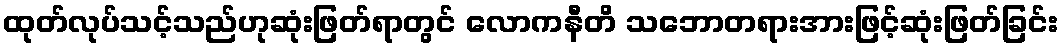
ထုတ်လုပ်သင့်သည်ဟုဆုံးဖြတ်ရာတွင် လောကနီတိ သဘောတရားအားဖြင့်ဆုံးဖြတ်ခြင်း